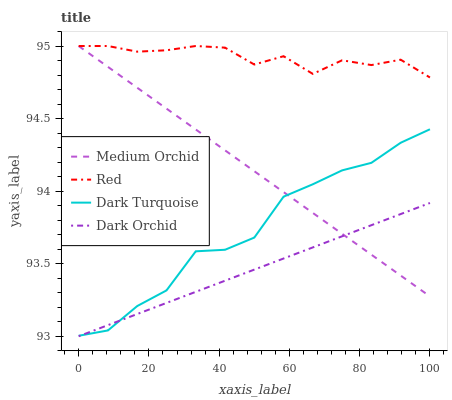
| xaxis_label | Medium Orchid | Red | Dark Turquoise | Dark Orchid |
 | --- | --- | --- | --- | --- |
 | 0 | 95 | 95 | 93 | 93 |
 | 8.33 | 94.9 | 95 | 93 | 93.1 |
 | 16.7 | 94.7 | 95 | 93.2 | 93.2 |
 | 25 | 94.6 | 95 | 93.3 | 93.2 |
 | 33.3 | 94.4 | 95 | 93.6 | 93.3 |
 | 41.7 | 94.3 | 95 | 93.6 | 93.4 |
 | 50 | 94.1 | 94.9 | 93.7 | 93.5 |
 | 58.3 | 94 | 94.9 | 94 | 93.5 |
 | 66.7 | 93.8 | 94.8 | 94 | 93.6 |
 | 75 | 93.7 | 94.9 | 94.1 | 93.7 |
 | 83.3 | 93.6 | 94.9 | 94.2 | 93.8 |
 | 91.7 | 93.4 | 94.9 | 94.3 | 93.8 |
 | 100 | 93.3 | 94.8 | 94.4 | 93.9 |